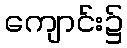
ကျောင်း၌